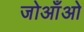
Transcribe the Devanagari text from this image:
जोआँओ